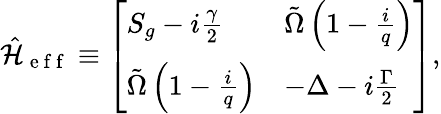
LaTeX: \hat{\mathcal{H}}_{\mathrm{~e~f~f~}}\equiv\left[\begin{array}{ll}{S_{g}-i\frac{\gamma}{2}}&{\tilde{\Omega}\left(1-\frac{i}{q}\right)}\\ {\tilde{\Omega}\left(1-\frac{i}{q}\right)}&{-\Delta-i\frac{\Gamma}{2}}\end{array}\right],